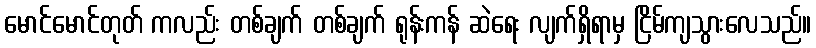
မောင်မောင်တုတ် ကလည်း တစ်ချက် တစ်ချက် ရုန်းကန် ဆဲရေး လျက်ရှိရာမှ ငြိမ်ကျသွားလေသည်။